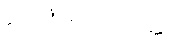
ဂေါဏပေတဝတ္ထု